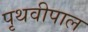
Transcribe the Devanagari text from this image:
पृथवीपाल